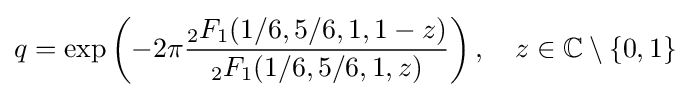
q=\exp \left(-2\pi {\frac {{}_{2}F_{1}(1/6,5/6,1,1-z)}{{}_{2}F_{1}(1/6,5/6,1,z)}}\right),\quad z\in \mathbb {C} \setminus \{0,1\}